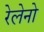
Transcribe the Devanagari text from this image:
रेलेनो